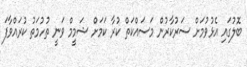
ބޮލުގައި އެޅުވުމަށް ސަރުކާރުން މަސައްކަތް ކުރާ ކަމަށް ޝަމީމް ވަނީ ތުހުމަތު ކުރައްވާފަ